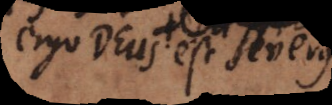
ergo Deus est severus.